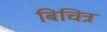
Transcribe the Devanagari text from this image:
बिचित्र